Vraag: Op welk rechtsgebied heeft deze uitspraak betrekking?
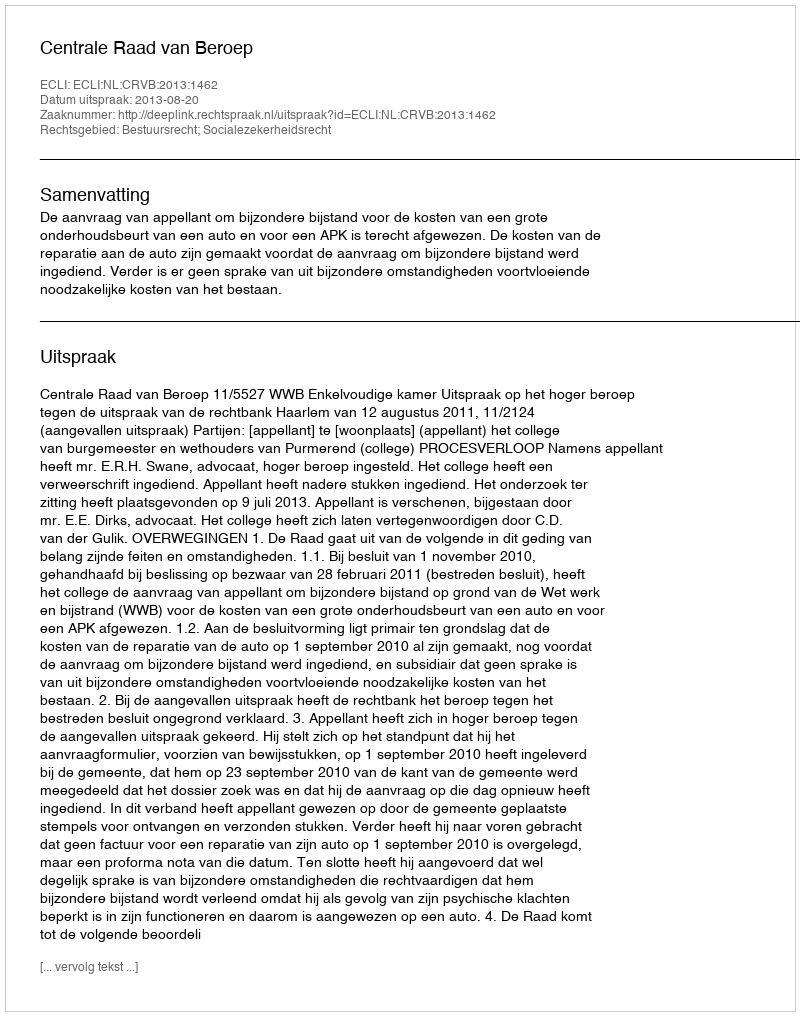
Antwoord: Bestuursrecht; Socialezekerheidsrecht